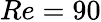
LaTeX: Re=90